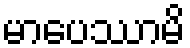
မာပေဿာမိ